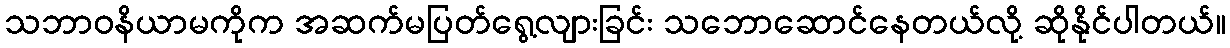
သဘာဝနိယာမကိုက အဆက်မပြတ်ရွေ့လျားခြင်း သဘောဆောင်နေတယ်လို့ ဆိုနိုင်ပါတယ်။